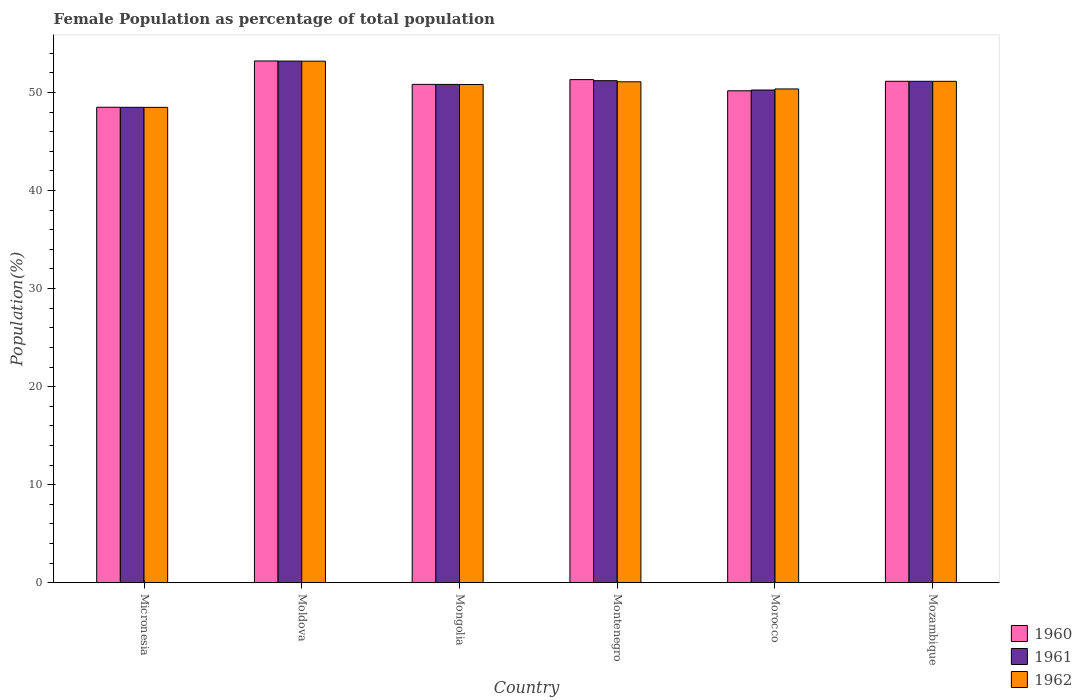
| Country | 1960 | 1961 | 1962 |
 | --- | --- | --- | --- |
 | Micronesia | 48.5 | 48.5 | 48.5 |
 | Moldova | 53.2 | 53.2 | 53.2 |
 | Mongolia | 50.8 | 50.8 | 50.8 |
 | Montenegro | 51.3 | 51.2 | 51.1 |
 | Morocco | 50.2 | 50.3 | 50.4 |
 | Mozambique | 51.1 | 51.1 | 51.1 |